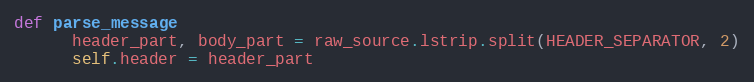
Language: Ruby
def parse_message
      header_part, body_part = raw_source.lstrip.split(HEADER_SEPARATOR, 2)
      self.header = header_part